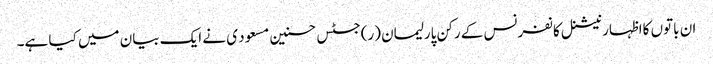
ان باتوں کااظہار نیشنل کانفرنس کے رکن پارلیمان (ر)جسٹس حسنین مسعود ی نے ایک بیان میں کیا ہے۔